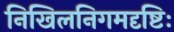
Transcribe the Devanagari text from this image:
निखिलनिगमदृष्टिः